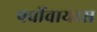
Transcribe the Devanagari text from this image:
पर्वोवायरस